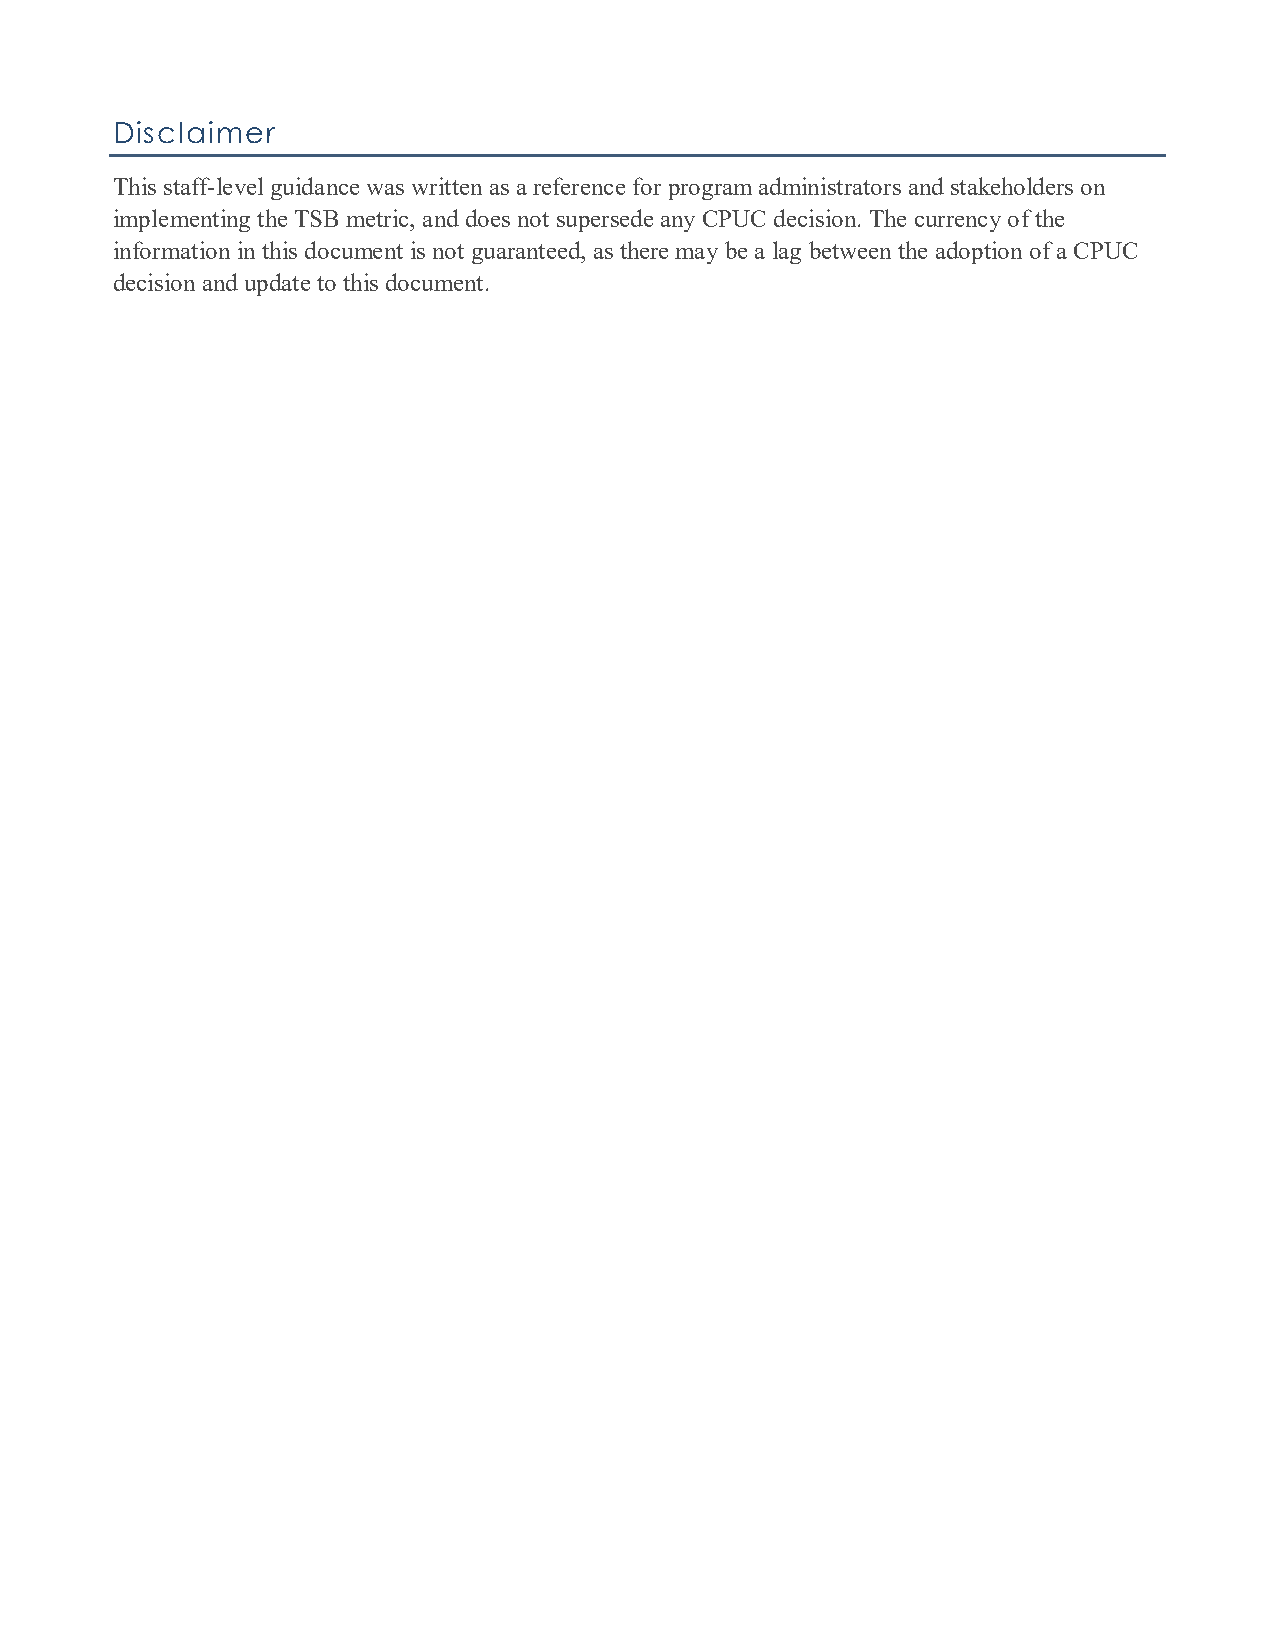
Disclaimer
 This staff-level guidance was written as a reference for program administrators and stakeholders on
 implementing the TSB metric, and does not supersede any CPUC decision. The currency of the
 information in this document is not guaranteed, as there may be a lag between the adoption of a CPUC
 decision and update to this document.